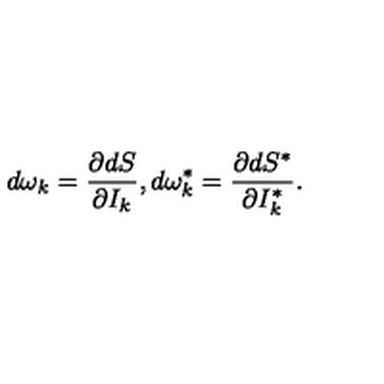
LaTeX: d \omega _ { k } = \frac { \partial d S } { \partial I _ { k } } , d \omega _ { k } ^ { * } = \frac { \partial d S ^ { * } } { \partial I _ { k } ^ { * } } .